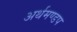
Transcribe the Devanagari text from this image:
अर्थमण्डप